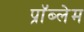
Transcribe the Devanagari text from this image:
प्राॅब्लेम